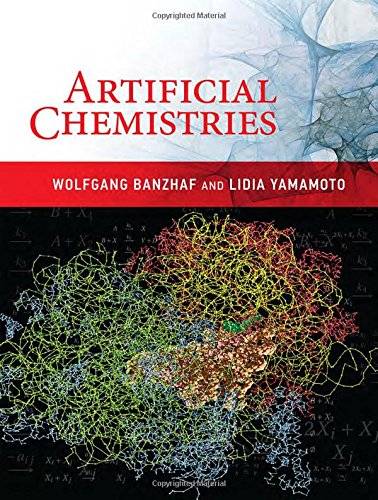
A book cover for Artificial Chemistries; Wolfgang Banzhaf; Science & Math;